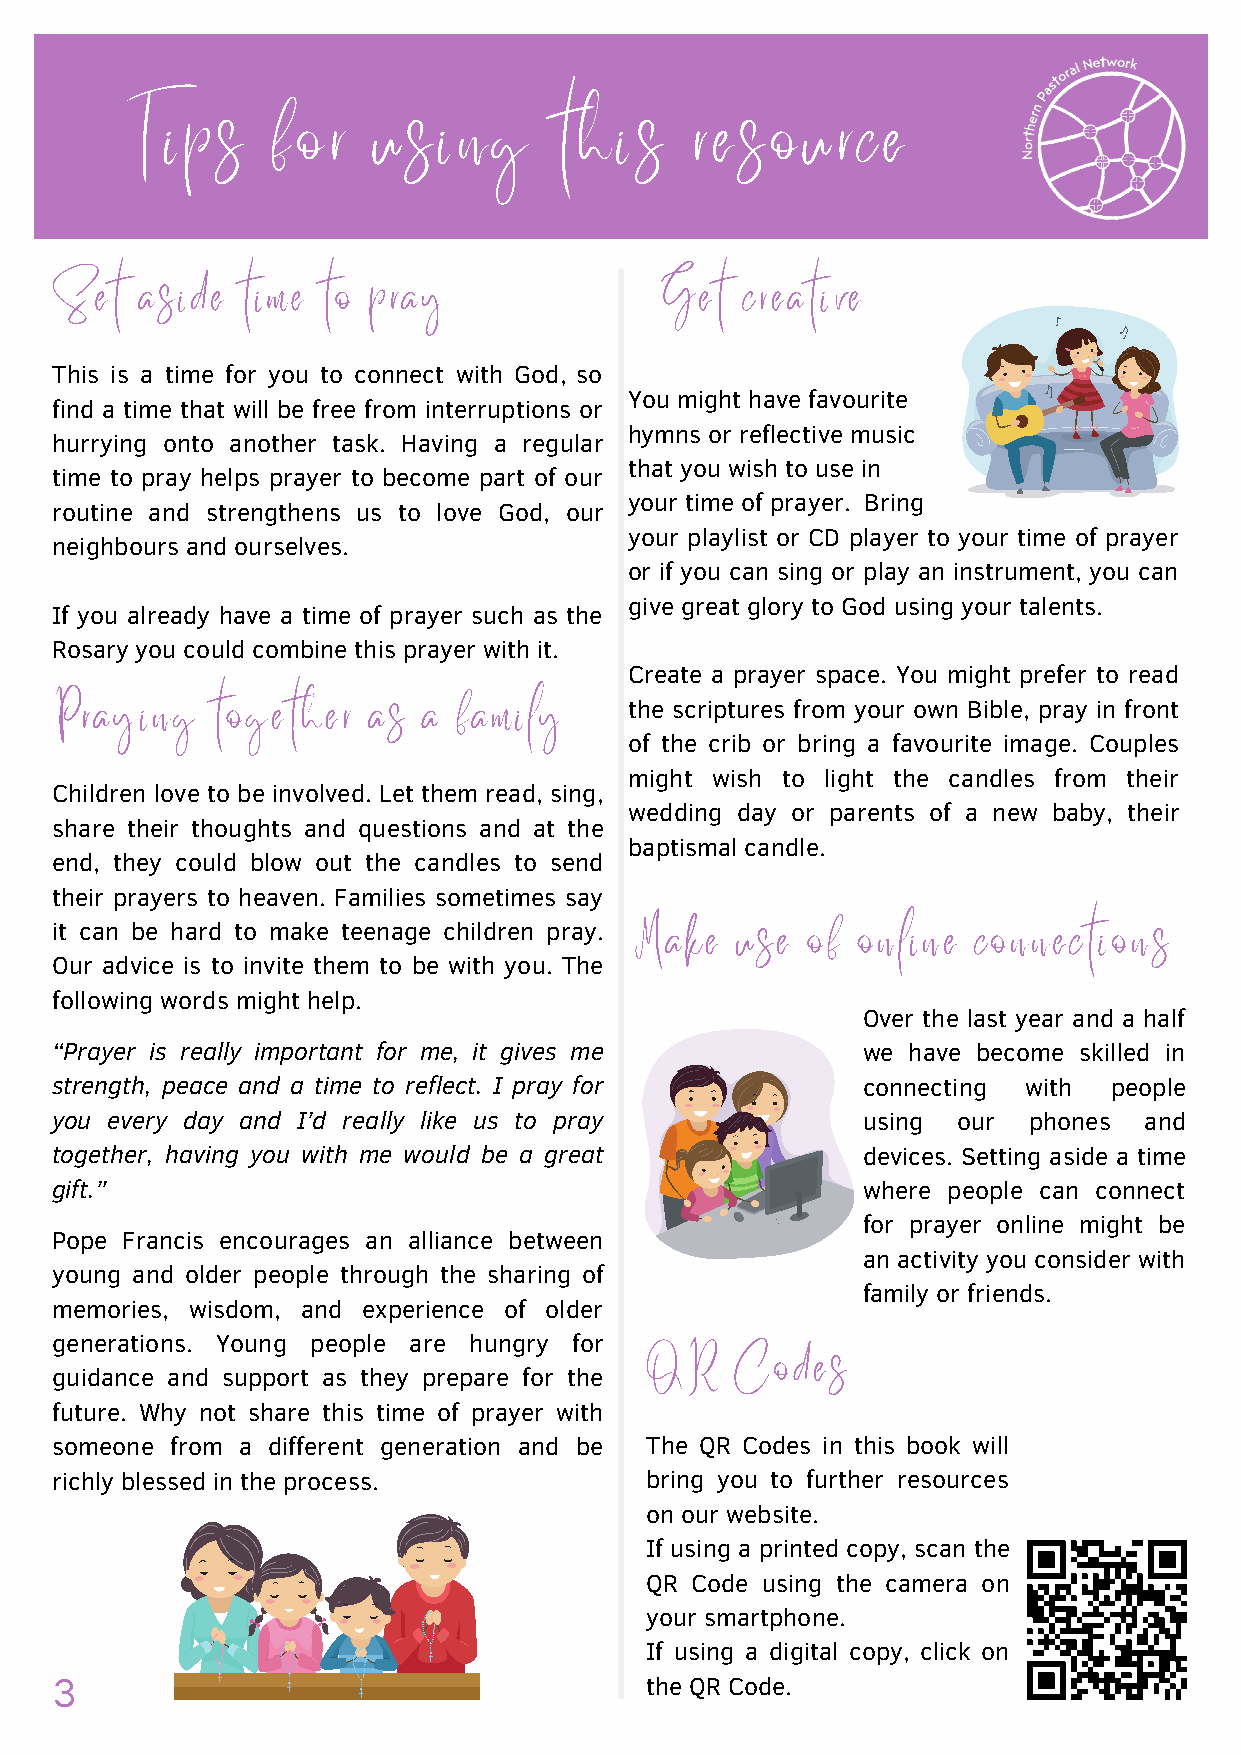
Tips      for    using       this     resource
 Set   aside  time to  pray               Get  creative
 This is a time for you to connect with God, so
 You might have favourite
 find a time that will be free from interruptions or
 hymns or reflective music
 hurrying onto another task. Having a regular
 that you wish to use in
 time to pray helps prayer to become part of our
 your time of prayer. Bring
 routine and strengthens us to love God, our
 your playlist or CD player to your time of prayer
 neighbours and ourselves.
 or if you can sing or play an instrument, you can
 give great glory to God using your talents.
 If you already have a time of prayer such as the
 Rosary you could combine this prayer with it.
 Create a prayer space. You might prefer to read
 Praying    together  as  a family      the scriptures from your own Bible, pray in front
 of the crib or bring a favourite image. Couples
 might wish to light the candles from their
 Children love to be involved. Let them read, sing,
 wedding day or parents of a new baby, their
 share their thoughts and questions and at the
 baptismal candle.
 end, they could blow out the candles to send
 their prayers to heaven. Families sometimes say
 it can be hard to make teenage children pray.
 Make   use of  online  connections
 Our advice is to invite them to be with you. The
 following words might help.
 Over the last year and a half
 “Prayer is really important for me, it gives me       we have become skilled in
 strength, peace and a time to reflect. I pray for     connecting with  people
 you every day and I’d really like us to pray          using our  phones  and
 together, having you with me would be a great         devices. Setting aside a time
 gift.”                                                where people can connect
 for prayer online might be
 Pope Francis encourages an alliance between
 an activity you consider with
 young and older people through the sharing of
 family or friends.
 memories, wisdom, and experience of older
 generations. Young people are hungry for
 QR    Codes
 guidance and support as they prepare for the
 future. Why not share this time of prayer with
 someone from a different generation and be The QR Codes in this book will
 richly blessed in the process.          bring you to further resources
 on our website.
 If using a printed copy, scan the
 QR Code using the camera on
 your smartphone.
 If using a digital copy, click on
 3                                      the QR Code.